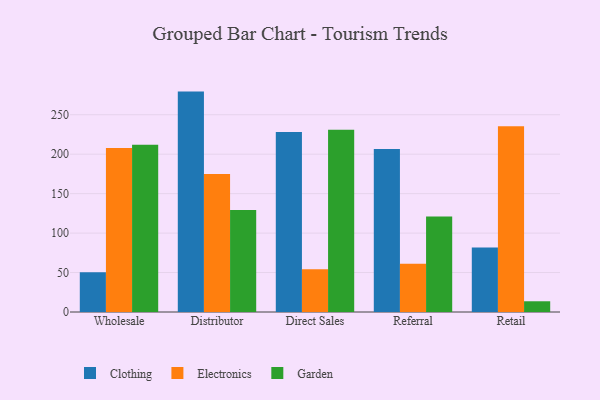
{"axis": {"x": "Channel", "y": "Population (Million)"}, "legend": ["Clothing", "Electronics", "Garden"], "data": [{"x": "Wholesale", "y": 50.3, "type": "Clothing"}, {"x": "Wholesale", "y": 207.9, "type": "Electronics"}, {"x": "Wholesale", "y": 211.8, "type": "Garden"}, {"x": "Distributor", "y": 279.3, "type": "Clothing"}, {"x": "Distributor", "y": 174.8, "type": "Electronics"}, {"x": "Distributor", "y": 129.2, "type": "Garden"}, {"x": "Direct Sales", "y": 228.0, "type": "Clothing"}, {"x": "Direct Sales", "y": 54.3, "type": "Electronics"}, {"x": "Direct Sales", "y": 231.0, "type": "Garden"}, {"x": "Referral", "y": 206.7, "type": "Clothing"}, {"x": "Referral", "y": 61.2, "type": "Electronics"}, {"x": "Referral", "y": 120.9, "type": "Garden"}, {"x": "Retail", "y": 81.6, "type": "Clothing"}, {"x": "Retail", "y": 235.3, "type": "Electronics"}, {"x": "Retail", "y": 13.6, "type": "Garden"}]}